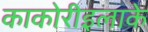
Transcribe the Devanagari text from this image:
काकोरीइलाके